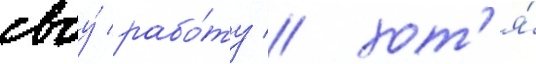
своу́ рабо́ту / хот'я́